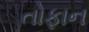
તોફાન